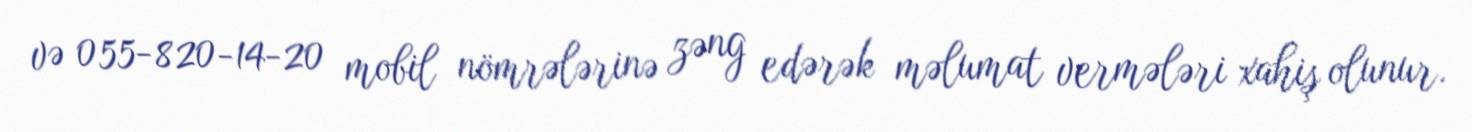
və 055-820-14-20 mobil nömrələrinə zəng edərək məlumat vermələri xahiş olunur.